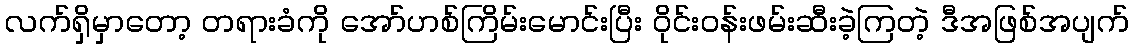
လက်ရှိမှာတော့ တရားခံကို အော်ဟစ်ကြိမ်းမောင်းပြီး ဝိုင်းဝန်းဖမ်းဆီးခဲ့ကြတဲ့ ဒီအဖြစ်အပျက်